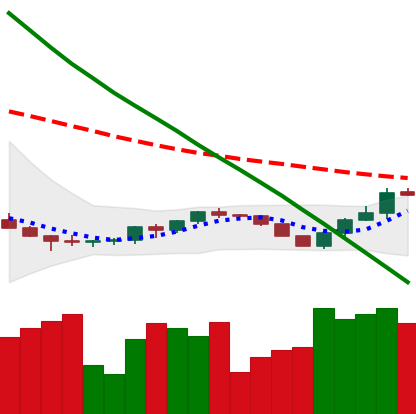
Ticker: ETH-USD
Chart end date: 2022-07-17
Forward return: 14.849%
Label: up_7plus